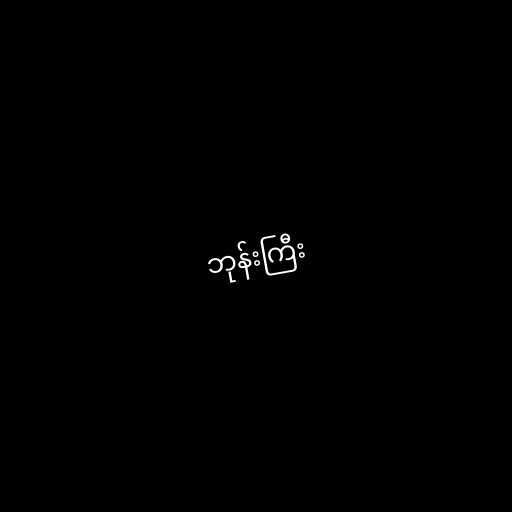
ဘုန်းကြီး